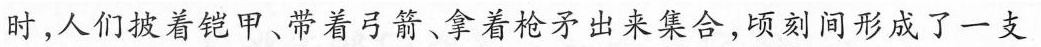
时，人们披着铠甲、带着弓箭、拿着枪矛出来集合，顷刻间形成了一支